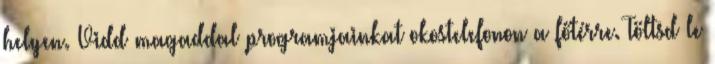
helyen. Vidd magaddal programjainkat okostelefonon a főtérre. Töltsd le